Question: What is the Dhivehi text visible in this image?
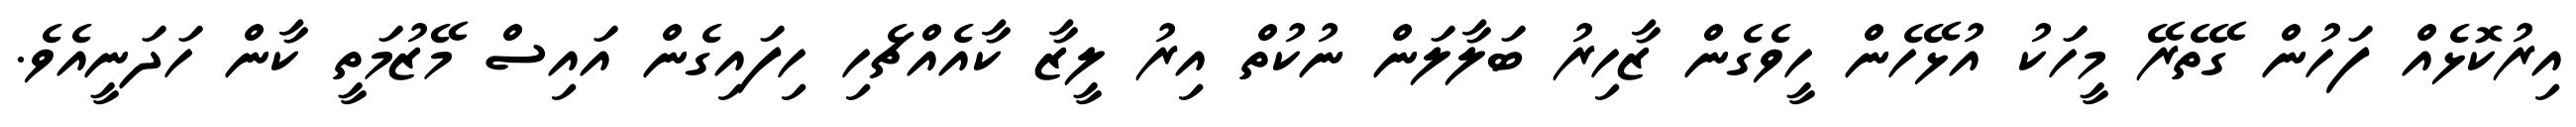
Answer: އިރުކޮޅެއް ފަހުން ގޭތެރޭ މީހަކު އުޅޭހެން ހީވެގެން ޒާހިރު ބަލާލަން ނުކުތް އިރު ލީޒާ ކާއެއްޗެހި ހިފައިގެން އައިސް މޭޒުމަތީ ކާން ހަދަނީއެވެ.